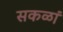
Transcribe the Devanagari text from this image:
सकळां